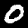
Digit: 0